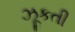
ઝૂકતી